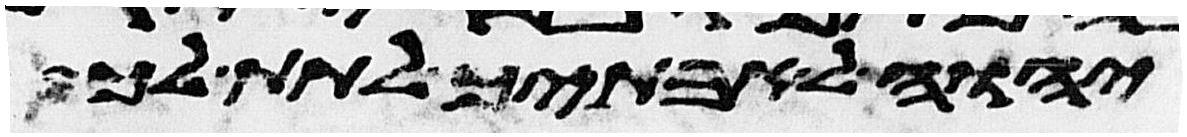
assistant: יהוה לאבתיך לתת לך